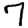
Digit: 7